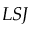
L S J